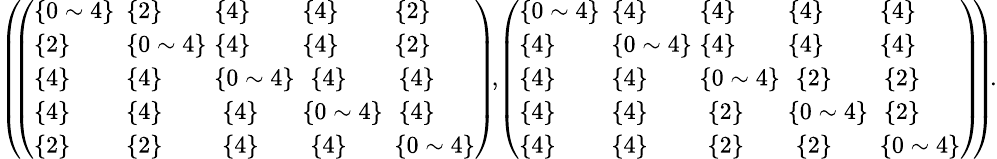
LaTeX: \begin{array}{r}{\small{\left(\! \! \left(\begin{array}{lllll}{\{ 0\sim 4\} \! }&{\! \! \{ 2\} \! \! }&{\! \! \{ 4\} \! \! }&{\! \! \{ 4\} \! \! }&{\! \{ 2\} }\\ {\{ 2\} \! }&{\! \! \{ 0\sim 4\} \! \! }&{\! \! \{ 4\} \! \! }&{\! \! \{ 4\} \! \! }&{\! \{ 2\} }\\ {\{ 4\} \! }&{\! \! \{ 4\} \! \! }&{\! \! \{ 0\sim 4\} \! \! }&{\{ 4\} }&{\{ 4\} }\\ {\{ 4\} \! }&{\! \! \{ 4\} \! \! }&{\{ 4\} }&{\! \! \{ 0\sim 4\} \! \! }&{\{ 4\} }\\ {\{ 2\} \! }&{\! \! \{ 2\} \! \! }&{\{ 4\} }&{\{ 4\} }&{\! \{ 0\sim 4\} }\end{array}\right)\! ,\! \left(\begin{array}{lllll}{\{ 0\sim 4\} \! }&{\! \! \{ 4\} \! \! }&{\! \! \{ 4\} \! \! }&{\! \! \{ 4\} \! \! }&{\! \{ 4\} }\\ {\{ 4\} \! }&{\! \! \{ 0\sim 4\} \! \! }&{\! \! \{ 4\} \! \! }&{\! \! \{ 4\} \! \! }&{\! \{ 4\} }\\ {\{ 4\} \! }&{\! \! \{ 4\} \! \! }&{\! \! \{ 0\sim 4\} \! \! }&{\{ 2\} }&{\{ 2\} }\\ {\{ 4\} \! }&{\! \! \{ 4\} \! \! }&{\{ 2\} }&{\! \! \{ 0\sim 4\} \! \! }&{\{ 2\} }\\ {\{ 4\} \! }&{\! \! \{ 4\} \! \! }&{\{ 2\} }&{\{ 2\} }&{\! \{ 0\sim 4\} }\end{array}\right)\! \! \right)\! .}}\end{array}